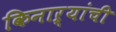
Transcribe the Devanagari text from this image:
किनाऱ्यांची